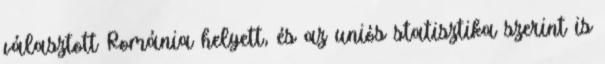
választott Románia helyett, és az uniós statisztika szerint is